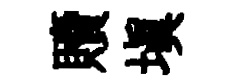
贖塡